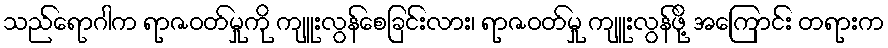
သည်ရောဂါက ရာဇဝတ်မှုကို ကျူးလွန်စေခြင်းလား၊ ရာဇဝတ်မှု ကျူးလွန်ဖို့ အကြောင်း တရားက